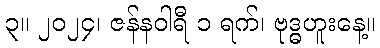
၃။ ၂၀၂၄၊ ဇန်နဝါရီ ၁ ရက်၊ ဗုဒ္ဓဟူးနေ့။